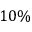
1 0 \%